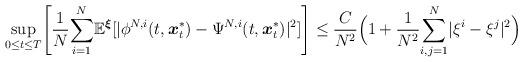
LaTeX: \begin{align*}\underset{0\leq t\leq T}{\sup}\Bigg[\frac{1}{N}\underset{i=1}{\overset{N}{\sum}}\mathbb{E}^{\boldsymbol{\xi}}[|\phi^{N,i}(t,\boldsymbol{x}^*_t) -\Psi^{N,i}(t,\boldsymbol{x}^*_t)|^2] \Bigg]\leq \frac{C}{N^2}\Big(1+\frac{1}{N^2}\underset{i,j=1}{\overset{N}{\sum}}|\xi^{i}-\xi^{j}|^2\Big)\end{align*}